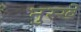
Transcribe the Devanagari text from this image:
नुस्‍खे